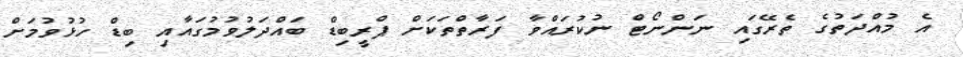
އެ މުއްދަތުގެ ތެރޭގައި ނަންނޯޓް ނުކުރައްވާ ފަރާތްތަކަށް ޕްރީބިޑް ބައްދަލުވުމުގައާއި ބިޑް ހުޅުވުމަށް